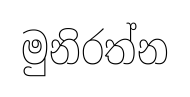
මුනිරත්න